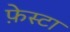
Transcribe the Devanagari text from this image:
फ़ेस्टा